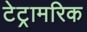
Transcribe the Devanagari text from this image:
टेट्रामरिक